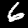
Digit: 6